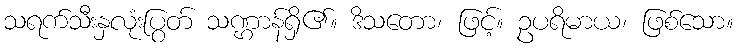
သရက်သီးနှလုံးပြွတ် သဏ္ဌာန်ရှိ၏။ ဒိသတော၊ ဖြင့်။ ဥပရိမာယ၊ ဖြစ်သော။